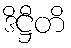
ဒိဋ္ဌီတိ